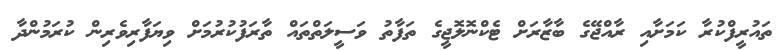
ތައުރީފްކުރާ ކަމަށާއި ރާއްޖޭގެ ބާޒާރަށް ޓެކްނޮލޮޖީގެ ތަފާތު ވަސީލަތްތައް ތާރަފުކުރުމަށް ވިޔަފާރިވެރިން ކުރަމުންދާ